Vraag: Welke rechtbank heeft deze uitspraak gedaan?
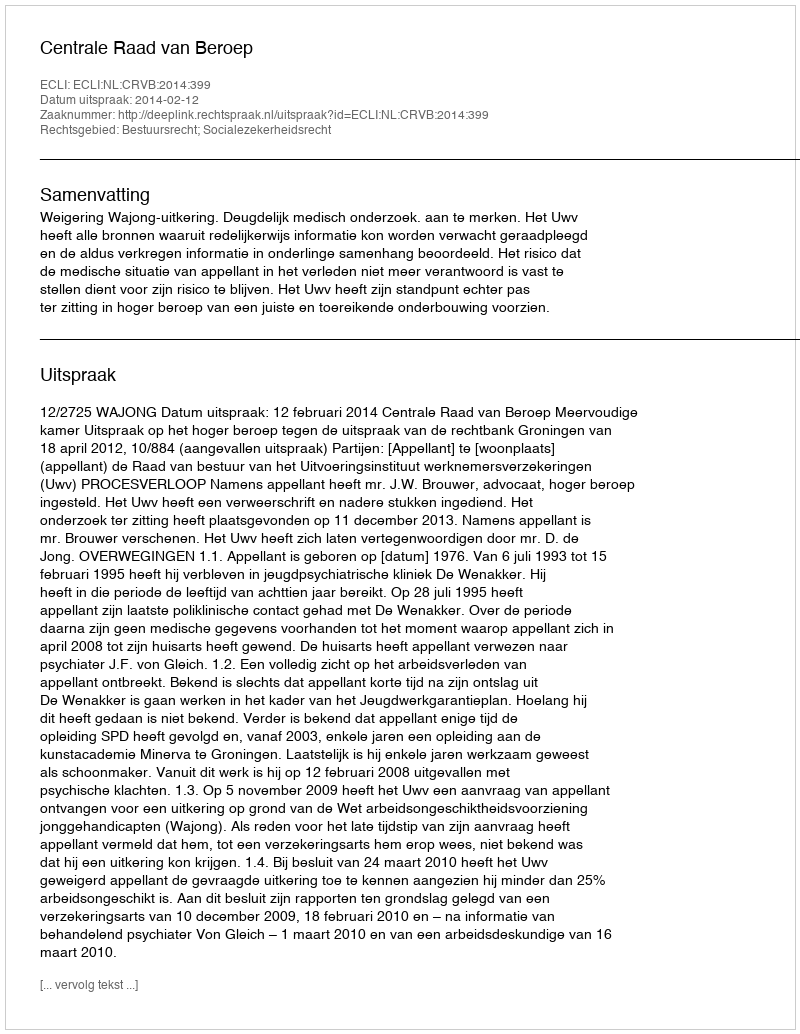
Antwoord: Centrale Raad van Beroep